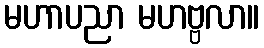
မဟာပညာ မဟဗ္ဗလာ။